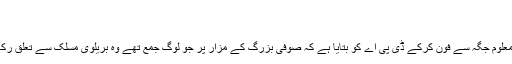
‘
کراچی کے حساس مقامات پر سکیورٹی بڑھا دی گئی ہے
تحریک طالبان پاکستان کے نائب ترجمان احسن اللہ اسہان نے نامعلوم جگہ سے فون کرکے ڈی پی اے کو بتایا ہے کہ صوفی بزرگ کے مزار پر جو لوگ جمع تھے وہ بریلوی مسلک سے تعلق رکھتے تھے’انہوں نے ہماری مخالفت کی اور حکومت کا ساتھ دیا۔